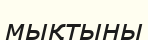
мықтыны